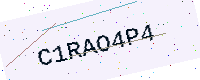
Text: C1RAO4P4